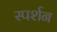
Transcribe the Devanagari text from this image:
स्पर्शन